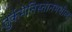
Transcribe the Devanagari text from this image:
तुर्कमेनिस्तानमधील